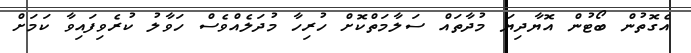
އެގޮތުން ބޯޓުން އޮޔާދިޔަ މުދާތައް ސަލާމަތްކޮށް ހުރިހާ މުދަލެއްވެސް ހަވާލު ކުރެވިފައިވާ ކަމަށް